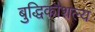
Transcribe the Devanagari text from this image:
बुद्धिकौशल्य